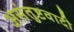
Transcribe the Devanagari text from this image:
असंतुष्टवादी